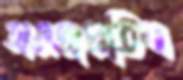
অগ্রজপ্রতিম